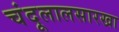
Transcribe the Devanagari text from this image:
चंदूलालसारखा